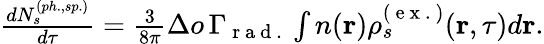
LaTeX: \begin{array}{r}{\frac{dN_{s}^{(ph.,sp.)}}{d\tau}=\frac{3}{8\pi}\Delta o\, \Gamma_{\mathrm{~r~a~d~.~}}\int n(\textbf{r})\rho_{s}^{(\mathrm{~e~x~.~})}(\textbf{r},\tau)d\textbf{r}.}\end{array}